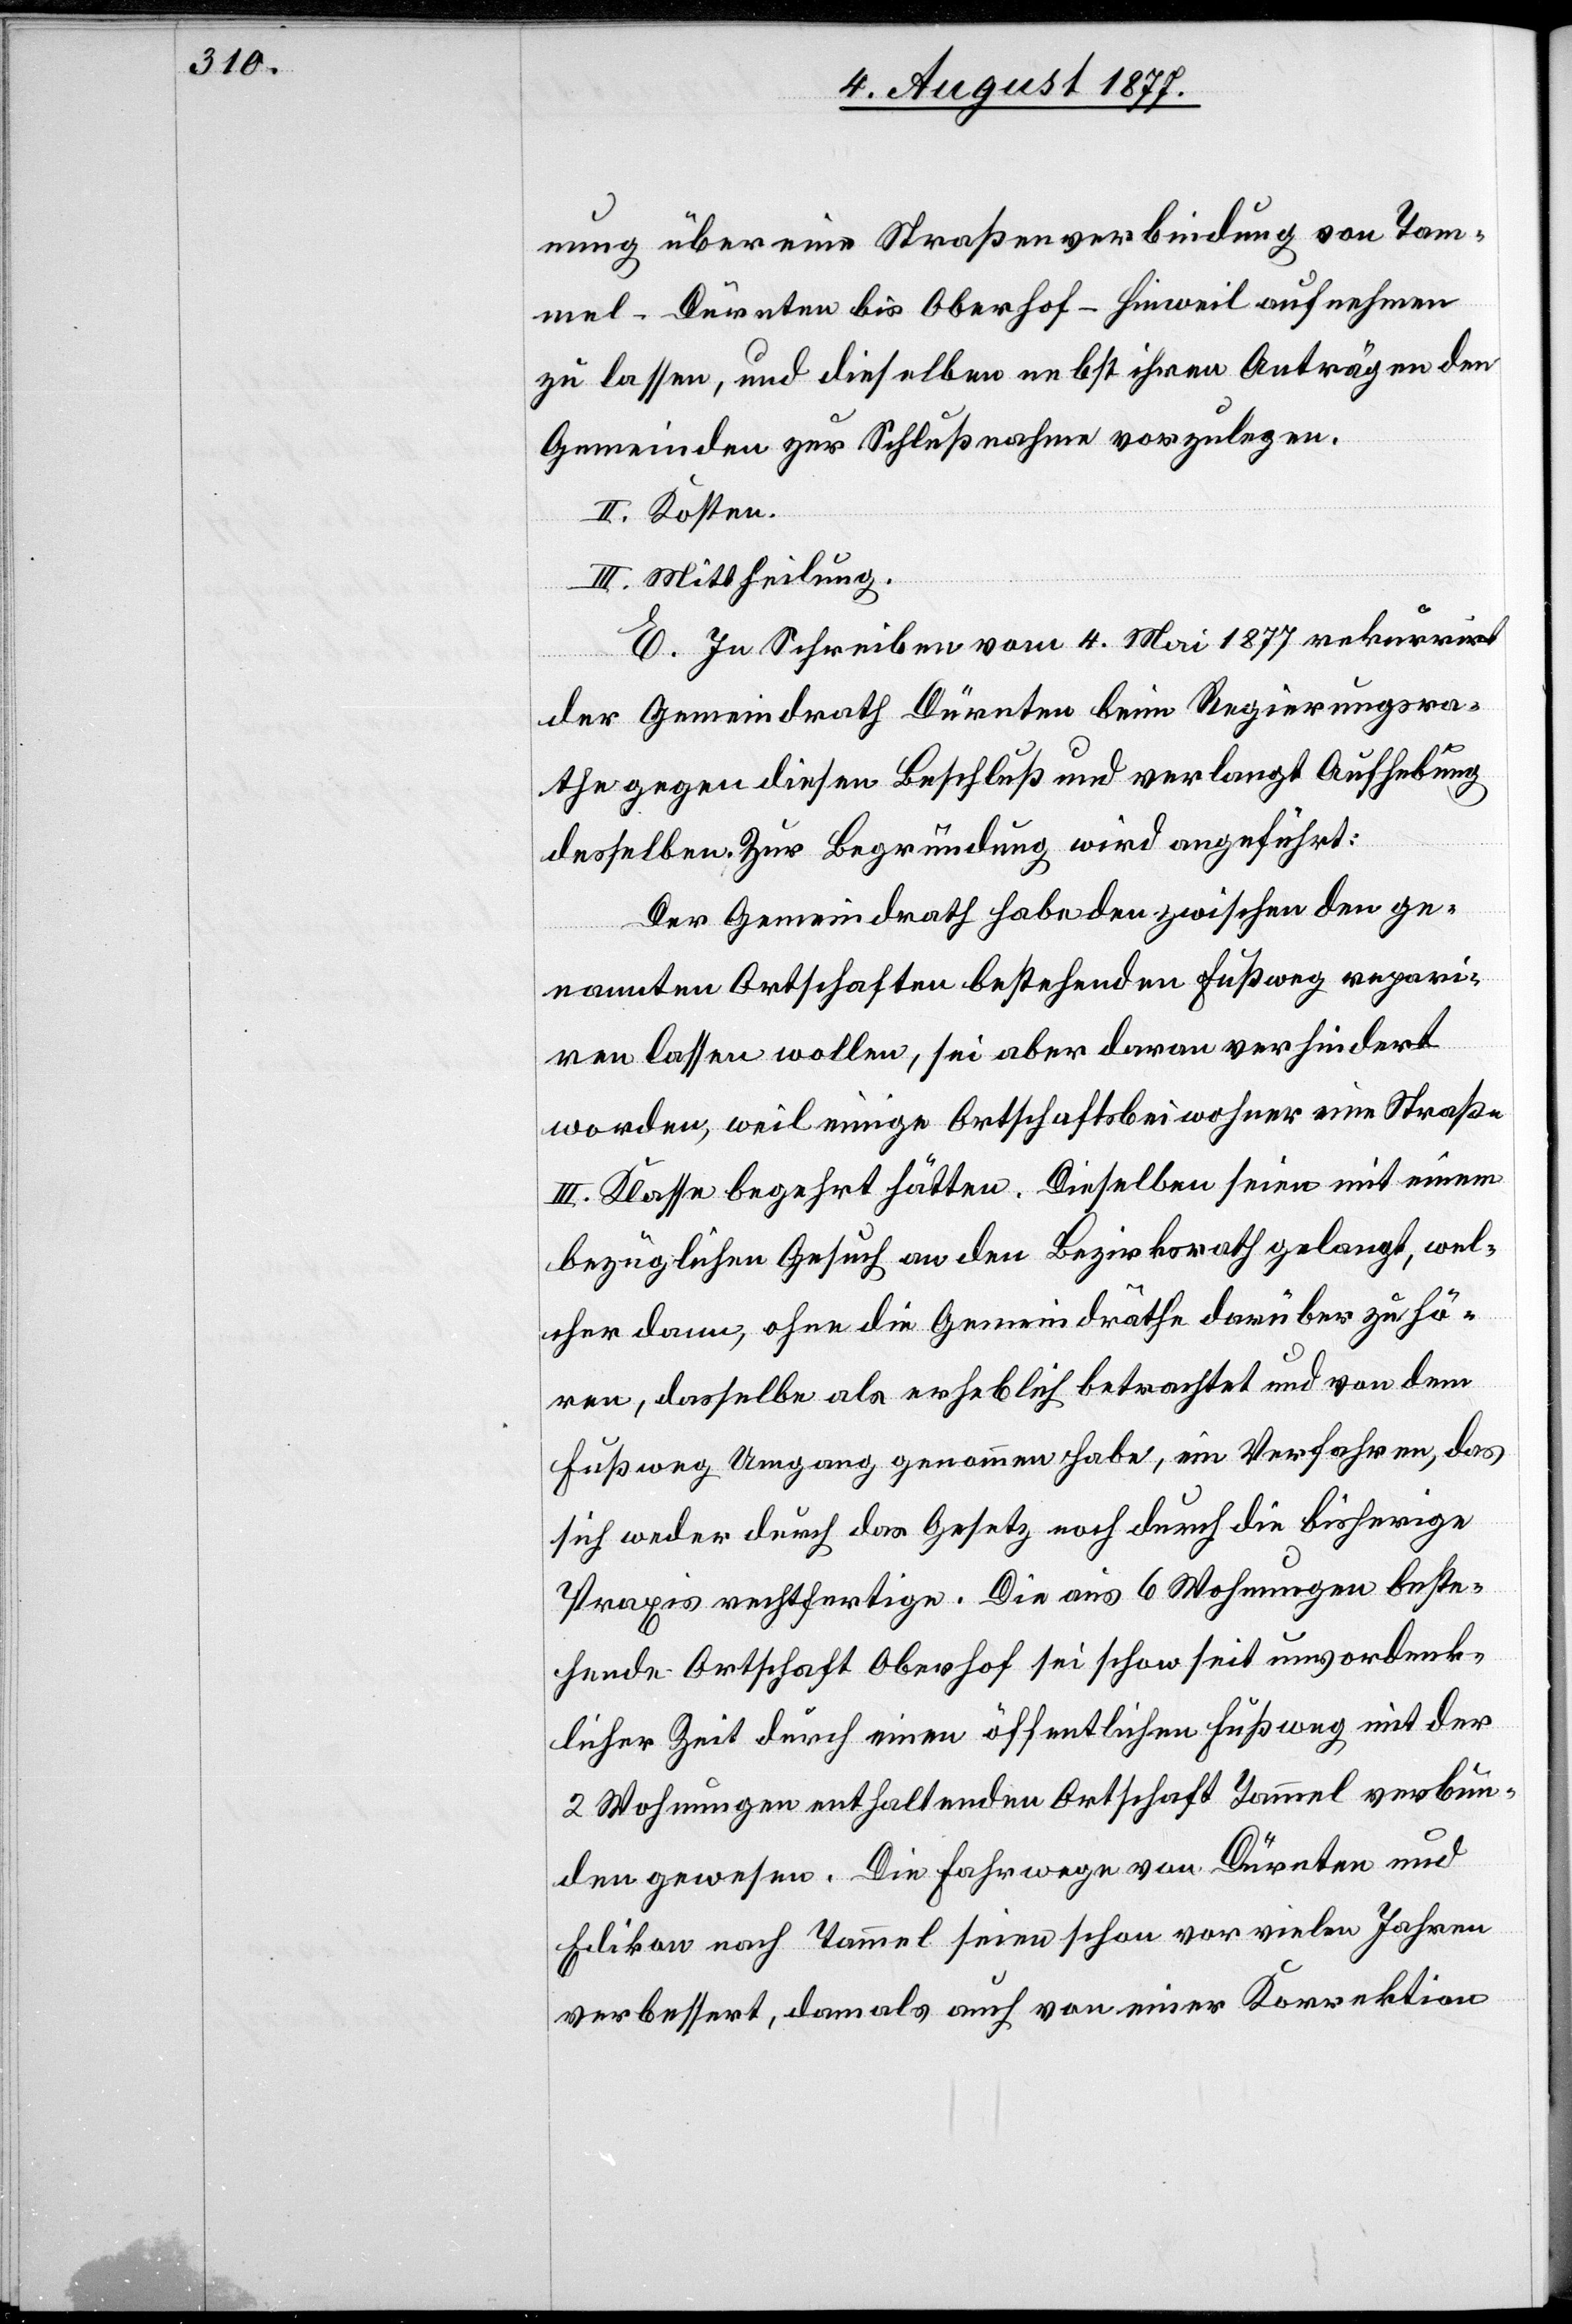
nung über eine Straßenverbindung von Tam¬
mel - Dürnten bis Oberhof - Hinweil aufnehmen
zu lassen, und dieselben nebst ihren Anträgen den
Gemeinden zur Schlußnahme vorzulegen.
II. Kosten.
III. Mittheilung.
E. In Schreiben vom 4. Mai 1877 rekurrirt
der Gemeindrath Dürnten beim Regierungsra¬
the gegen diesen Beschluß und verlangt Aufhebung
desselben. Zur Begründung wird angeführt:
Der Gemeindrath habe den zwischen den ge¬
nannten Ortschaften bestehenden Fußweg repari¬
ren lassen wollen, sei aber daran verhindert
worden, weil einige Ortschaftsbeiwohner eine Straße
III. Klasse begehrt hatten. Dieselben seien mit einem
bezüglichen Gesuch an den Bezirksrath gelangt, wel¬
cher dann, ohne die Gemeindräthe darüber zu hö¬
ren, dasselbe als erheblich betrachtet und von dem
Fußweg Umgang genommen habe, ein Verfahren, das
sich weder durch das Gesetz noch durch die bisherige
Praxis rechtfertige. Die aus 6 Wohnungen beste¬
hende Ortschaft Oberhof sei schon seit unvordenk¬
licher Zeit durch einen öffentlichen Fußweg mit der
2 Wohnungen enthaltenden Ortschaft Tammel verbun¬
den gewesen. Die Fahrwege von Dürnten und
Edikon nach Tammel seien schon vor vielen Jahren
verbessert, damals auch von einer Korrektion